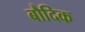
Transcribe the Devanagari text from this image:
बौदिक